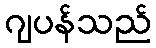
ဂျပန်သည်